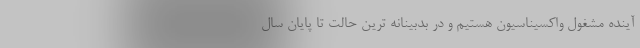
آینده مشغول واکسیناسیون هستیم و در بدبینانه ترین حالت تا پایان سال